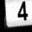
Digit: 4